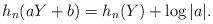
LaTeX: \begin{align*} h_n(aY+b) = h_n(Y) + \log|a|.\end{align*}